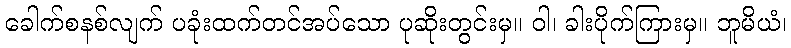
ခေါက်စနစ်လျက် ပခုံးထက်တင်အပ်သော ပုဆိုးတွင်းမှ။ ဝါ၊ ခါးပိုက်ကြားမှ။ ဘူမိယံ၊